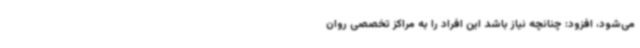
می‌شود، افزود: چنانچه نیاز باشد این افراد را به مراکز تخصصی روان‌